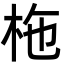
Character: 柂